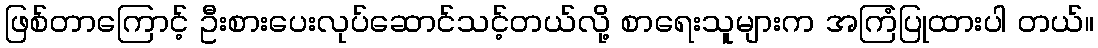
ဖြစ်တာကြောင့် ဦးစားပေးလုပ်ဆောင်သင့်တယ်လို့ စာရေးသူများက အကြံပြုထားပါ တယ်။